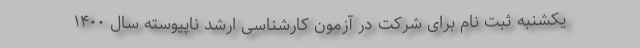
یکشنبه ثبت نام برای شرکت در آزمون کارشناسی ارشد ناپیوسته سال ۱۴۰۰